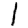
Digit: 1